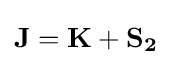
\mathbf {J} =\mathbf {K} +\mathbf {S_{2}}